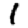
Digit: 1